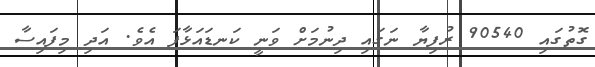
ގޮތުގައި 90540 ރުފިޔާ ނަގައި ދިނުމަށް ވަނީ ކަނޑައަޅާފަ އެވެ. އަދި މިފައިސާ